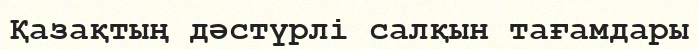
Қазақтың дәстүрлі салқын тағамдары